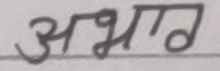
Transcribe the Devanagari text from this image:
अभ्रात